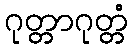
ဂုတ္တာဂုတ္တံ